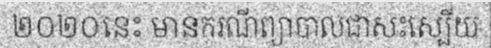
២០២០នេះ មានករណីព្យាបាលជាសះស្បើយ